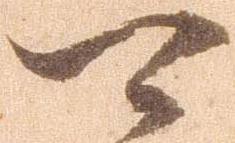
可